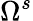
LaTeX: \Omega^{s}